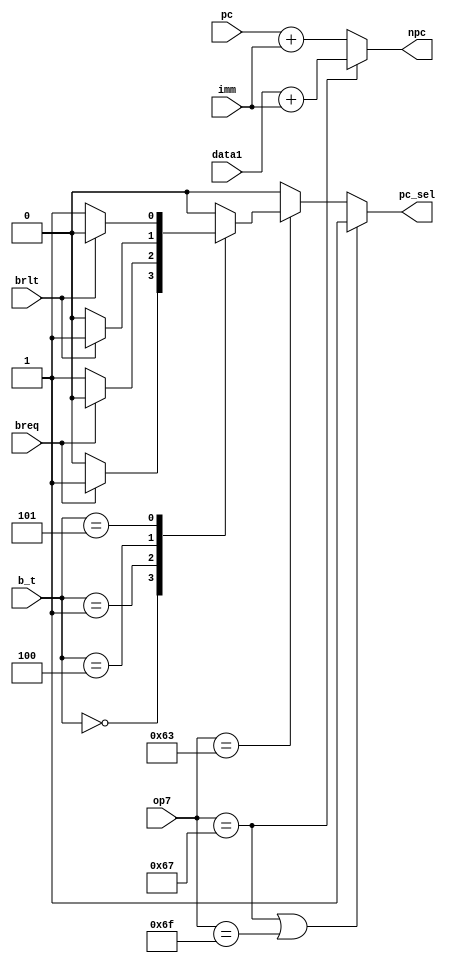
module pc_gen (
    input [6:0] op7,
    input [2:0] b_t,
    input [31:0] pc,
    input [31:0] data1,
    input [31:0] imm,
    input breq,
    input brlt,
    output reg pc_sel,
    output reg [31:0] npc
);
    always @(*) begin
          if (op7 == 'b1100111 || op7 == 'b1101111) pc_sel =1;
          else if(op7 == 'b1100011)begin    //branch 
                case (b_t)
                   3'b000: begin                        //beq
                    if(breq)    pc_sel = 'b1;
                    else        pc_sel = 'b0;
                end
                3'b001:begin                         //bne
                    if(breq)    pc_sel = 'b0;
                    else        pc_sel = 'b1;
                end
                3'b100:begin                         //blt
                    if(brlt)    pc_sel = 'b1;
                    else        pc_sel = 'b0;
                end
                'b101:begin                         //bge
                    if(brlt=='b0 )    pc_sel = 'b1;    
                    else        pc_sel = 'b0;
                end
                default: pc_sel = 'b0;
                endcase
          end
          else pc_sel = 0;
    end
    always @(*) begin
        if (op7 == 'b1100111) npc = data1 + imm;
        else npc = pc + imm;
    end
endmodule